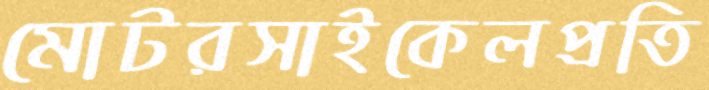
মোটরসাইকেলপ্রতি